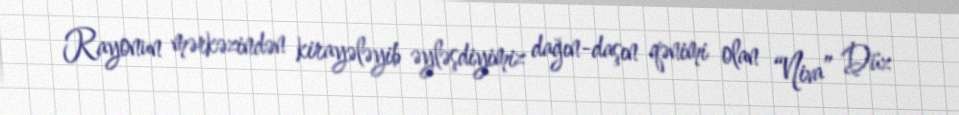
Rayonun mərkəzindən kirayələyib əyləşdiyimiz dağın-daşın qənimi olan “Niva” Düz